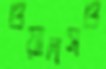
ওয়ালসও